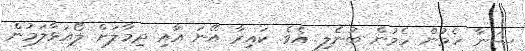
ސަނާ ހެމުން ހެމުން ބުނެލި އެވެ. ކައިރާ އޭނަ އާއި ދިމާލަށް ލޯއަޅާލަމުން